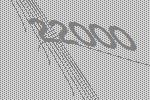
22000